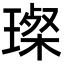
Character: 𤨪